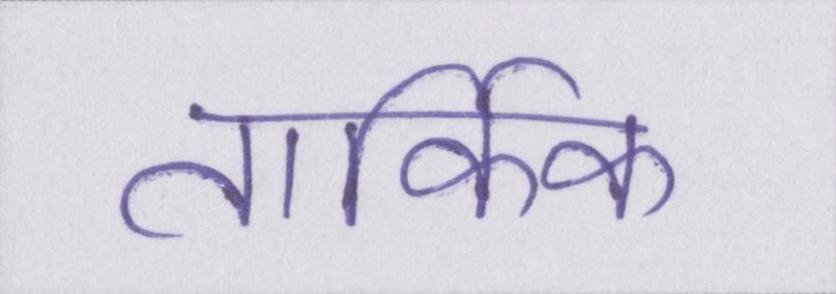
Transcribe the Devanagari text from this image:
तार्किक